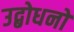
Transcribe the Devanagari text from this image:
उद्बोधनों